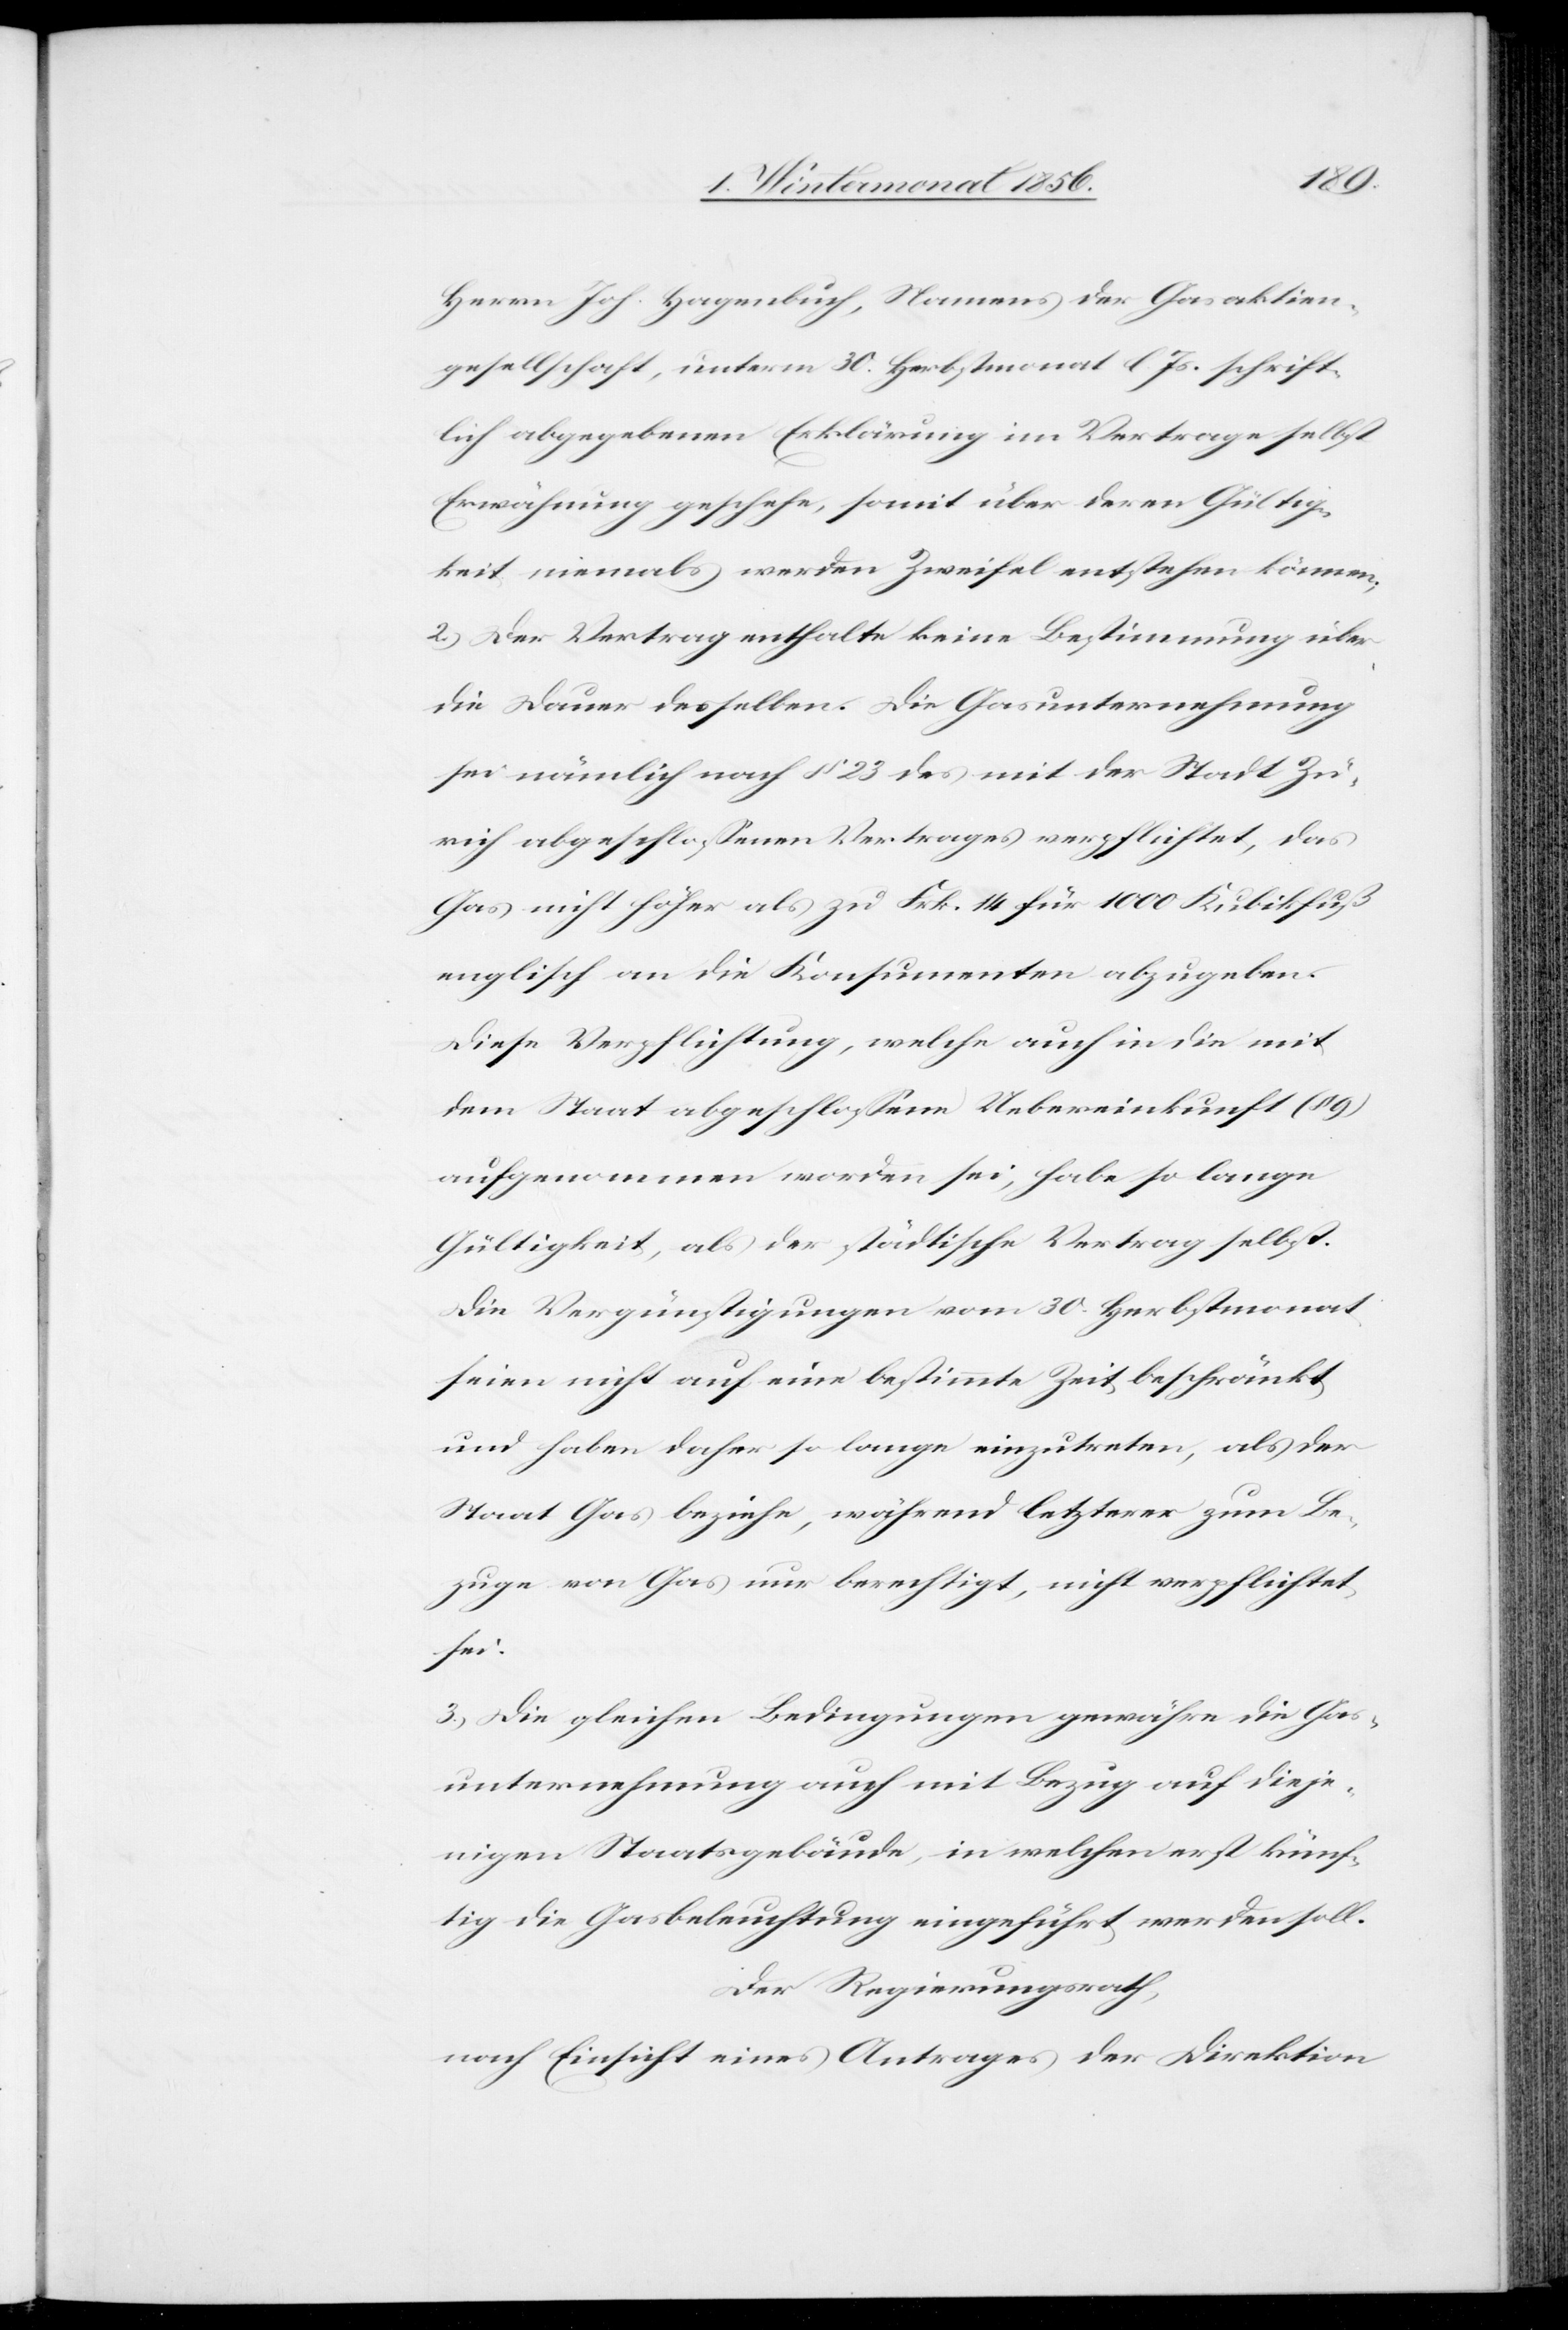
Herrn Joh. Hagenbuch, Namens der Gasaktien¬
gesellschaft, unterm 30. Herbstmonat l. Js. schrift¬
lich abgegebenen Erklärung im Vertrage selbst
Erwähnung geschehe, somit über deren Gültig¬
keit niemals werden Zweifel entstehen können;
2.) Der Vertrag enthalte keine Bestimmung über
die Dauer desselben. Die Gasunternehmung
sei nämlich nach § 23 des mit der Stadt Zü¬
rich abgeschlossenen Vertrages verpflichtet, das
Gas nicht höher als zu Frk. 14 für 1000 Kubikfuß
englisch an die Konsumenten abzugeben.
Diese Verpflichtung, welche auch in die mit
dem Staat abgeschlossene Uebereinkunft (§
aufgenommen worden sei, habe so lange
Gültigkeit, als der städtische Vertrag selbst.
Die Vergünstigungen vom 30. Herbstmonat
seien nicht auf eine bestimmte Zeit beschränkt
und haben daher so lange einzutreten, als der
Staat Gas beziehe, während letzterer zum Be¬
zuge von Gas nur berechtigt, nicht verpflichtet
sei.
3.) Die gleichen Bedingungen gewähre die Gas¬
unternehmung auch mit Bezug auf dieje¬
nigen Staatsgebäude, in welchen erst künf¬
tig die Gasbeleuchtung eingeführt werden soll.
Der Regierungsrath,
nach Einsicht eines Antrages der Direktion